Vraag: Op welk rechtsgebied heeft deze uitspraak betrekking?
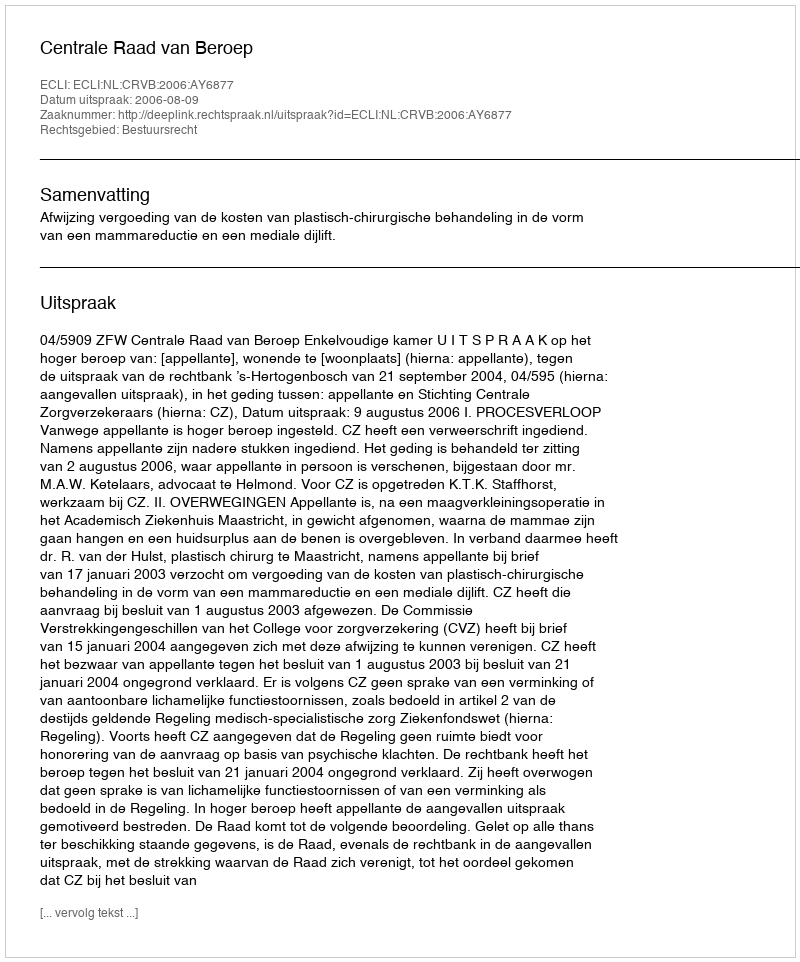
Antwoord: Bestuursrecht